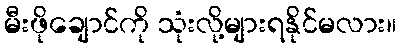
မီးဖိုချောင်ကို သုံးလို့များရနိုင်မလား။